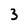
Character: 3